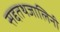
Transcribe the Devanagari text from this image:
सद्दतथजालिनी